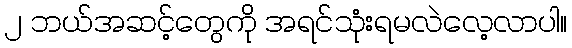
၂ ဘယ်အဆင့်တွေကို အရင်သုံးရမလဲလေ့လာပါ။